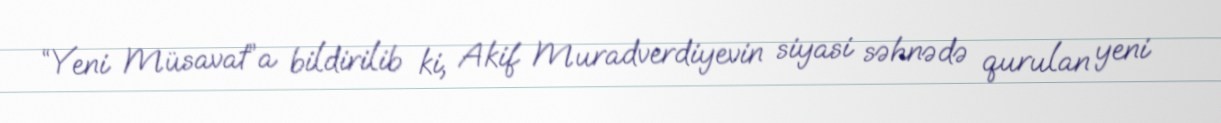
“Yeni Müsavat”a bildirilib ki, Akif Muradverdiyevin siyasi səhnədə qurulan yeni